Plague in India, 1896, 1897 - Volume 2
Year: 1896
Disease focus: Plague
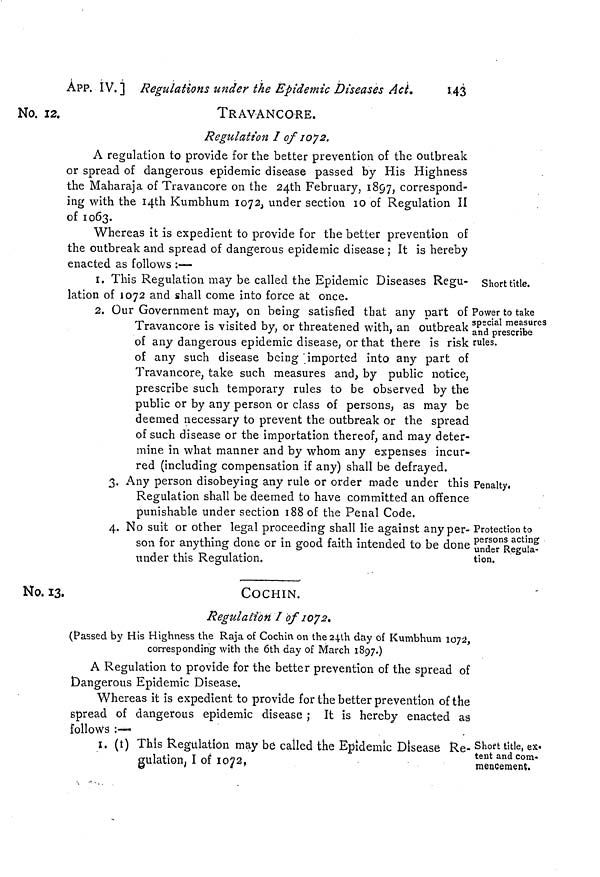
APP. IV. i Regulations under the Epidemic Diseases Act.
143
No. 12.
TRAVANCORE.
Regulation I of 1072.
A regulation to provide for the better prevention of the outbreak
or spread of dangerous epidemic disease passed by His Highness
the Maharaja of Travancore on the 24th February, 1857, correspond-
ing with the 14th Kumbhum 1072, under section 10 of Regulation II
of 1063.
Whereas it is expedient to provide for the better prevention of
the outbreak and spread of dangerous epidemic disease ; It is hereby
enacted as follows :—
Short title.
I. This Regulation may be called the Epidemic Diseases Regu-
lation of 1072 and shall come into force at once.
Power to take
special measures
and prescribe
rules.
2. Our Government may, on being satisfied that any part of
Travancore is visited by, or threatened with, an outbreak
of any dangerous epidemic disease, or that there is risk
of any such disease being imported into any part of
Travancore, take such measures and, by public notice,
prescribe such temporary rules to be observed by the
public or by any person or class of persons, as may be
deemed necessary to prevent the outbreak or the spread
of such disease or the importation thereof, and may deter-
mine in what manner and by whom any expenses incur-
red (including compensation if any) shall be defrayed.
3. Any person disobeying any rule or order made under this
Regulation shall be deemed to have committed an offence
punishable under section 188 of the Penal Code.
Penalty
4. No suit or other legal proceeding shall lie against any per-
son for anything done or in good faith intended to be done
under this Regulation.
Protection to
persons acting
under Regula-
tion.
No. 13.
COCHIN.
Regulation I of 1072
(Passed by His Highness the Raja of Cochin on the 24th day of Kumbhum l072,
corresponding with the 6th day of March 1897.)
A Regulation to provide for the better prevention of the spread of
Dangerous Epidemic Disease.
Whereas it is expedient to provide for the better prevention of the
spread of dangerous epidemic disease ; It is hereby enacted as
follows :-
Re- Short title, ex.
tent and com-
mencement.
i. (1) This Regulation may be called the Epidemic Disease
gulation, I of 1072,